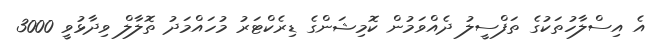
އެ އިސްލާހުތަކުގެ ތަފްސީލު ދެއްވަމުން ކޮމިޝަންގެ ޑިރެކްޓަރު މުހައްމަދު ތޮލާލް ވިދާޅުވީ 3000